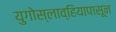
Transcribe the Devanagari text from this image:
युगोस्लाव्हियापासून